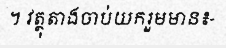
។ វត្ថុតាងចាប់យករួមមាន៖-